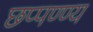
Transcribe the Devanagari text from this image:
छप्पण्ण्य